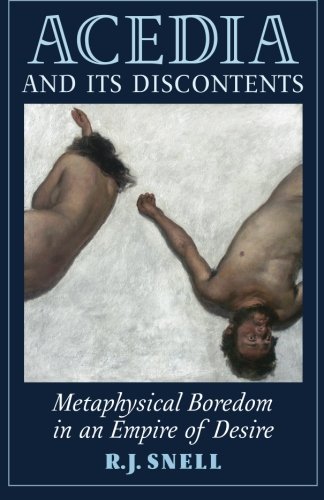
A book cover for Acedia and Its Discontents: Metaphysical Boredom in an Empire of Desire; R. J. Snell; Christian Books & Bibles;